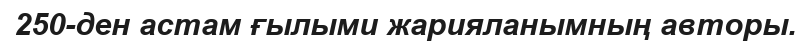
250-ден астам ғылыми жарияланымның авторы.